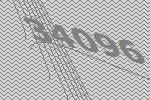
34096